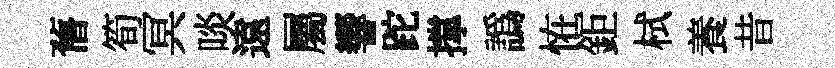
𦾔筍冥啖遠屬響跎撑譌恠鉅栻養昔